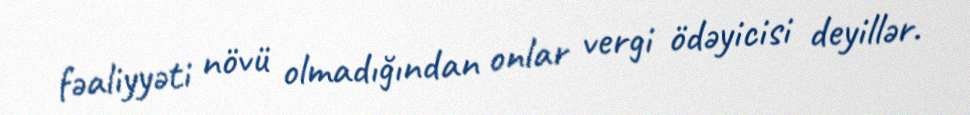
fəaliyyəti növü olmadığından onlar vergi ödəyicisi deyillər.